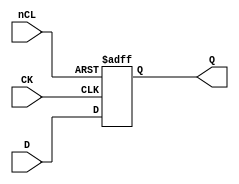
// Fujitsu AV cell
// 4-bit DFF with CLEAR
// furrtek 2022

`timescale 1ns/100ps

module FDR(
	input CK,
	input [3:0] D,
	input nCL,
	output reg [3:0] Q = 4'd0
);

	always @(posedge CK or negedge nCL) begin
		if (!nCL)
			Q <= 4'd0;	// tmax = 6.7ns
		else
			Q <= D;		// tmax = 8.4ns
	end

endmodule